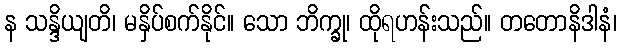
န သန္ဒိယျတိ၊ မနှိပ်စက်နိုင်။ သော ဘိက္ခု၊ ထိုရဟန်းသည်။ တတောနိဒါနံ၊